Report on malaria in the Punjab during the year ...  together with an account of the work of the Punjab Malaria Bureau - Volume 5
Disease focus: Malaria
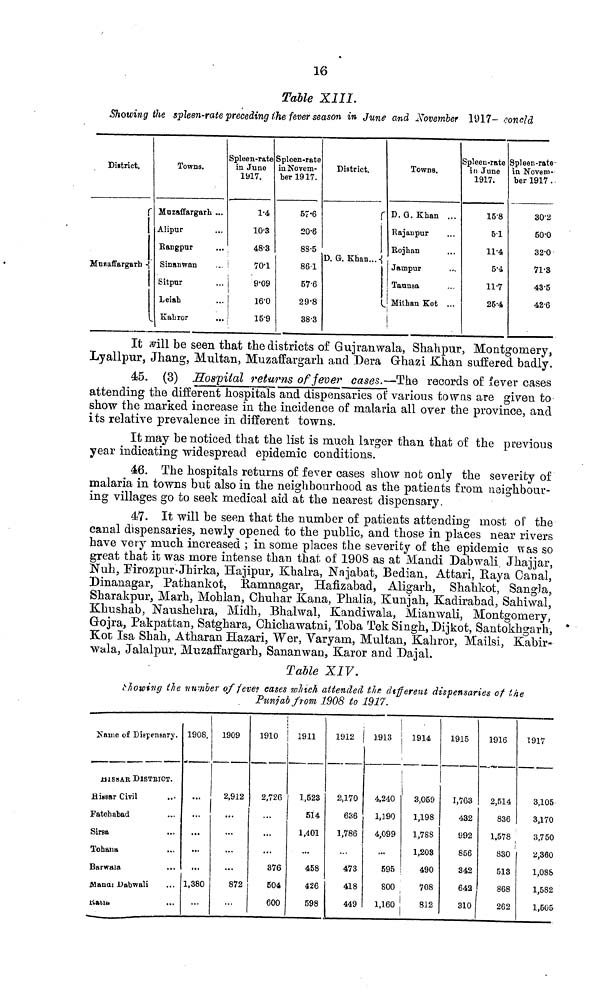
16
Table XIII.
Showing the spleen-rate preceding the fever season in June and November 1917.conted
District.
r
Muzaffargarh
Towns.
Muzaffargarh ...
Alipur
Rangpur
...
Sinanwan
Sitpur
Leiah
Kahror
Spleen-rate
in June
1917.
1.4
10.3
48.3
70.1
9.09
16.0
15.9
Spleen-rate
in Novem-
ber 1917.
57.6
20.6
88.5
86.1
57.6
29.8
38.3
District.
r
D. G. Khan...
Towns.
D.G.Khan ...
Rajanpur
Rojhan
Jampur
Taunsa
Mithan Kot ...
i
Spleen-rate
in June
1917.
15.8
51
11.4
5.4
11.7
25.4
Spleen-rate
in Novem-
ber 1917 .
30.2
50.0
32.0
71.3
43.5
42.6
It will be seen that the districts of Gujranwala, Shahpur, Montgomery,
Lyallpur, Jhang, Multan, Muzaffargarh and Dera Ghazi Khan suffered badly.
45. (3) Hospital returns of fever cases.—The records of fever cases
attending the different hospitals and dispensaries of various towns are given to
show the marked increase in the incidence of malaria all over the province, and
its relative prevalence in different towns.
It may be noticed that the list is much larger than that of the previous
year indicating widespread epidemic conditions.
46. The hospitals returns of fever cases show not only the severity of
malaria in towns but also in the neighbourhood as the patients from neighbour-
ing villages go to seek medical aid at the nearest dispensary.
47. It will be seen that the number of patients attending most of the
canal dispensaries, newly opened to the public, and those in places near rivers
have very much increased ; in some places the severity of the epidemic was so
great that it was more intense than that of 1908 as at Mandi Dabwali. Jhajjar,
Nuh, Firozpur,Jhirka, Hajipur, Khalra, Najabat, Bedian, Attari, Raya Canal,
Dinanagar, Pathankot, Ramnagar, Hafizabad, Aligarh, Shahkot, Sangla,
Sharakpur, Marh, Mohlan, Chuhar Kana, Phalia, Kunjah. Kadirabad, Sahiwal,
Khushab, Naushehra, Midh, Bhalwal, Eandiwala, Mianwali, Montgomery,
Gojra, Pakpattan, Satghara, Chichawatni, Toba Tek Singh, Dijkot, Santokhgarh,
Kot Isa Shah, Atharan Hazari, Wer, Varyam, Multan, Kahror, Mailsi, Kabir-
wala, Jalalpur, Muzaffargarh, Sanan wan, Karor and Dajal.
Table XIV.
showing the number of fever eases which attended the different dispensaries of the
Punjab from 1908 to 1917.
Name of Dispensary.
JU1SSAR DlSTRICT.
Rissar Civil
Fatehabad
Sirsa
Tohana
Barwala
Manai Dubwali
RAU
1908.
...
...
...
...
...
1,380
1909
2,912
...
...
...
872
1910
2,726
...
...
376
504
600
1911
1,523
514
1,401
...
458
426
598
1912
2.170
636
1,786
473
418
449
1 913
4,240
l,190
4,099
...
595
800
1,160
1914
3,059
1,198
1,788
1,203
490
708
812
1915
1,763
432
992
856
342
642
310
1916
2,514
836
1,578
830
513
868
262
1917
3,105
3,170
3,750
2,360
1,088
1,582
1,505